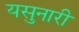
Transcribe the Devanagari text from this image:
यसुनारी